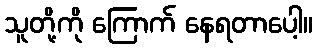
သူတို့ကို ကြောက် နေရတာပေါ့။